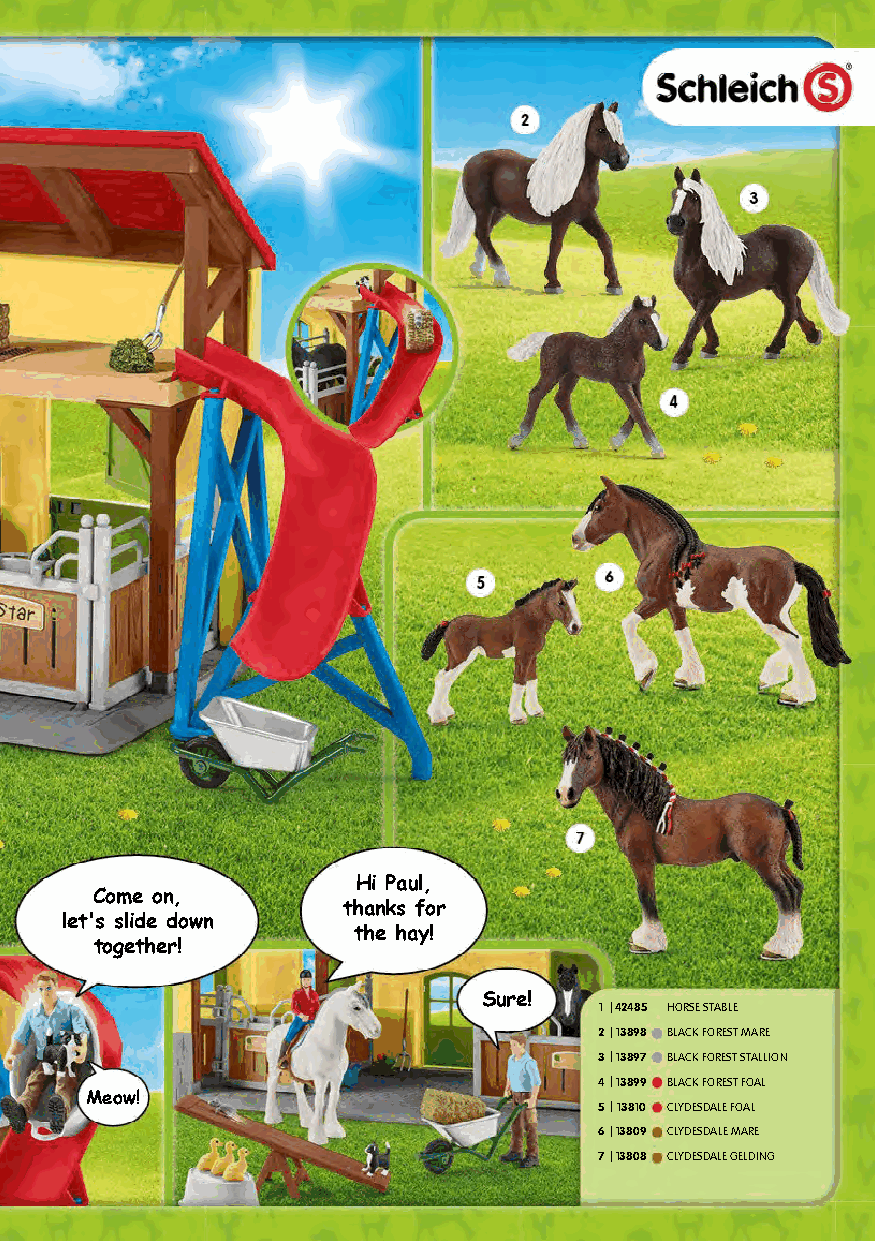
Hi Paul,
 Come on,
 thanks for
 let's slide down
 the hay!
 together!
 Sure!
 1 |42485 HORSE STABLE
 2|13898 BLACK FOREST MARE
 3|13897 BLACK FOREST STALLION
 4|13899 BLACK FOREST FOAL
 Meow!
 5|13810 CLYDESDALE FOAL
 6|13809 CLYDESDALE MARE
 7|13808 CLYDESDALE GELDING